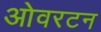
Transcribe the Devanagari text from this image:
ओवरटन